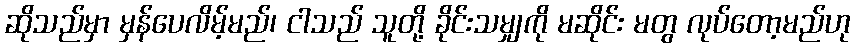
ဆိုသည်မှာ မှန်ပေလိမ့်မည်၊ ငါသည် သူတို့ ခိုင်းသမျှကို မဆိုင်း မတွ လုပ်တော့မည်ဟု